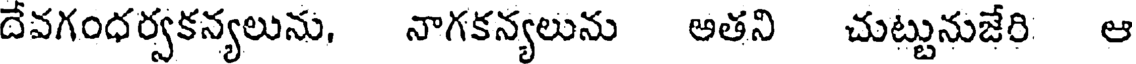
దేవగంధర్వకన్యలును, నాగకన్యలును ఆతని చుట్టునుజేరి ఆ